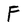
Character: F